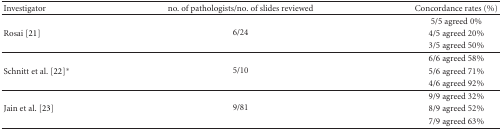
| Investigator | no. of pathologists/no. of slides reviewed | Concordance rates (%) |
 | --- | --- | --- |
 |  | <ROWSPAN=3> 6/24 | 5/5 agreed 0% |
 | Rosai [21] | 4/5 agreed 20% |
 |  | 3/5 agreed 50% |
 |  | <ROWSPAN=3> 5/10 | 6/6 agreed 58% |
 | Schnitt et al. [22]* | 5/6 agreed 71% |
 |  | 4/6 agreed 92% |
 |  | <ROWSPAN=3> 9/81 | 9/9 agreed 32% |
 | Jain et al. [23] | 8/9 agreed 52% |
 |  | 7/9 agreed 63% |